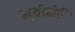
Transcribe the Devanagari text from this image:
सूर्यकोटि